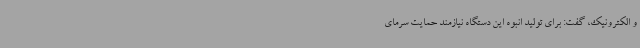
و الکترونیک، گفت: برای تولید انبوه این دستگاه نیازمند حمایت سرمای